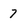
Character: 7